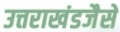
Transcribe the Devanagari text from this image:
उत्तराखंडजैसे